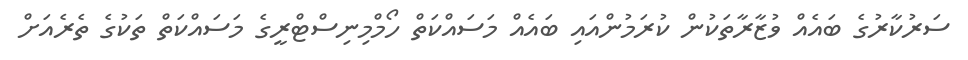
ސަރުކާރުގެ ބައެއް ވުޒާރާތަކުން ކުރަމުންއައި ބައެއް މަސައްކަތް ހޯމްމިނިސްޓްރީގެ މަސައްކަތް ތަކުގެ ތެރެއަށް